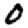
Digit: 0